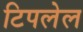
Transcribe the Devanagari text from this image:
टिपलेल